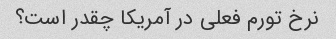
نرخ تورم فعلی در آمریکا چقدر است؟